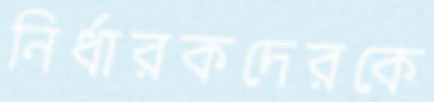
নির্ধারকদেরকে